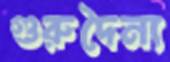
গুরুদৈন্য